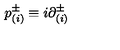
p _ { ( i ) } ^ { \pm } \equiv i { \partial } _ { ( i ) } ^ { \pm }